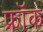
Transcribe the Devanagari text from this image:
फ्राॅक